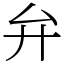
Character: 弁